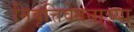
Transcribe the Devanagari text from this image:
निवृत्तिवेतनाच्या